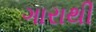
ગારાથી